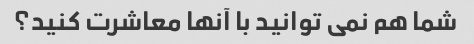
شما هم نمی توانید با آنها معاشرت کنید؟